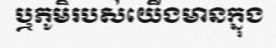
ឬភូមិរបស់យើងមានក្នុង